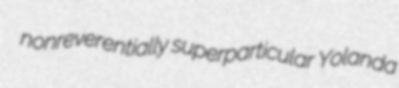
nonreverentially superparticular Yolanda